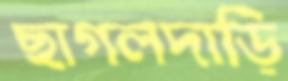
ছাগলদাড়ি